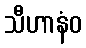
သီဟာနံဝ